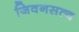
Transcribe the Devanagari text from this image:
जिवनसत्व